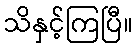
သိနှင့်ကြပြီ။